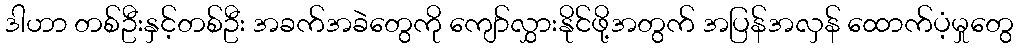
ဒါဟာ တစ်ဦးနှင့်တစ်ဦး အခက်အခဲတွေကို ကျော်လွှားနိုင်ဖို့အတွက် အပြန်အလှန် ထောက်ပံ့မှုတွေ